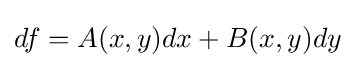
df=A(x,y)dx+B(x,y)dy